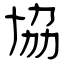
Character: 協